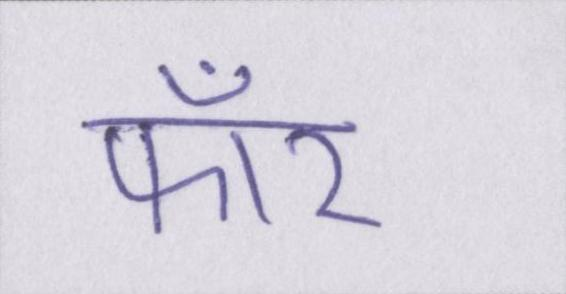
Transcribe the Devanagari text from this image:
फॉर